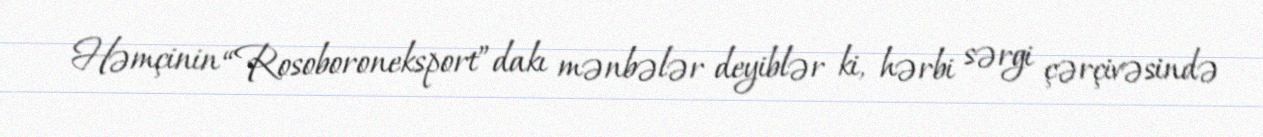
Həmçinin “Rosoboroneksport”dakı mənbələr deyiblər ki, hərbi sərgi çərçivəsində